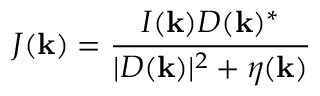
J ( \mathbf { k } ) = \frac { I ( \mathbf { k } ) D ( \mathbf { k } ) ^ { * } } { | D ( \mathbf { k } ) | ^ { 2 } + \eta ( \mathbf { k } ) }